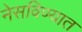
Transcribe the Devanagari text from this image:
नेसविण्यात